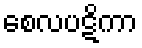
စေလပဋိကာ